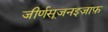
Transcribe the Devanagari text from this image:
जीर्णसूजनइज़ाफ़